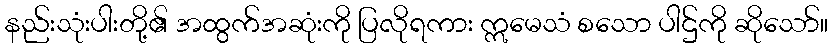
နည်းသုံးပါးတို့၏ အထွက်အဆုံးကို ပြလိုရကား ဣမေသံ စသော ပါဌ်ကို ဆိုသော်။